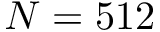
N = 5 1 2